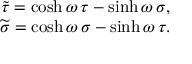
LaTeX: \begin{array} { c } { { \widetilde { \tau } = \cosh \omega \, \tau - \sinh \omega \, \sigma , \hfill } } \\ { { \widetilde { \sigma } = \cosh \omega \, \sigma - \sinh \omega \, \tau . \hfill } } \end{array}